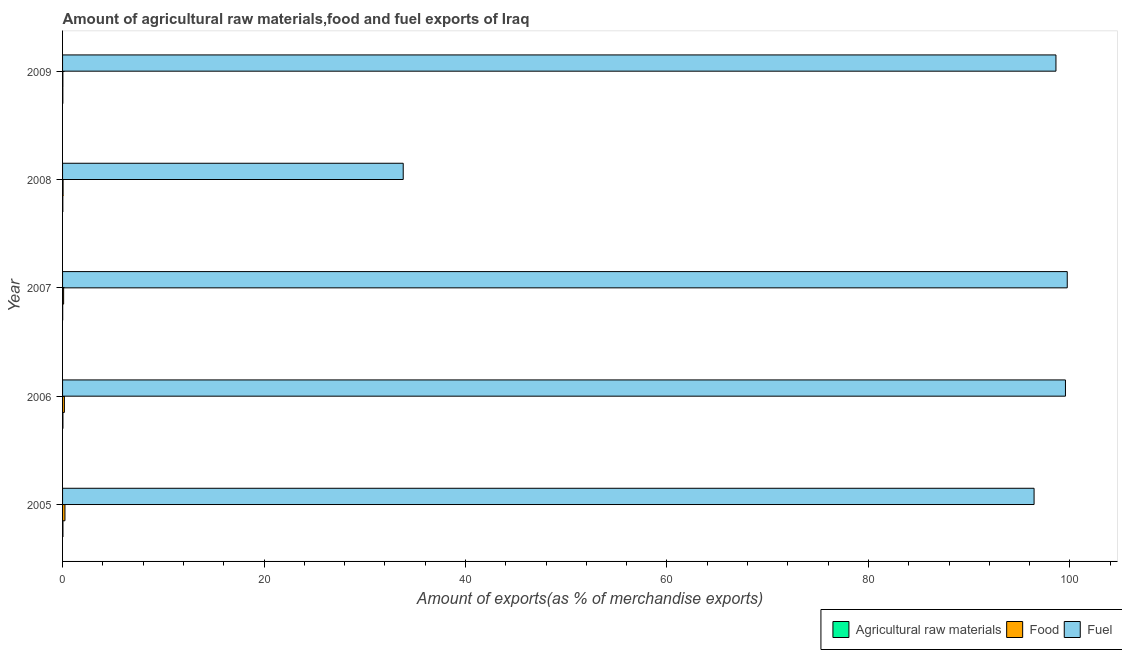
| Year | Agricultural raw materials | Food | Fuel |
 | --- | --- | --- | --- |
 | 2005 | 0.0373 | 0.237 | 96.4 |
 | 2006 | 0.0349 | 0.181 | 99.6 |
 | 2007 | 0.0115 | 0.104 | 99.7 |
 | 2008 | 0.0264 | 0.0515 | 33.8 |
 | 2009 | 0.026 | 0.0305 | 98.6 |